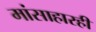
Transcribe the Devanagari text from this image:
मांसाहारही